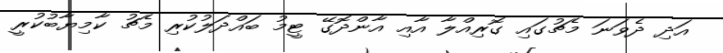
އަދި ދެވަނަ މެޗުގައި ގޮރިއްލާ އާއި އާންދޮގޭ ޓީމު ބައްދަލުކުރި މެޗު ކާމިޔާބުކުރީ